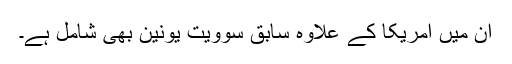
ان میں امریکا کے علاوہ سابق سوویت یونین بھی شامل ہے۔